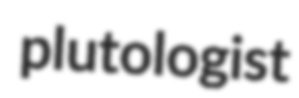
plutologist